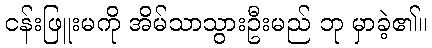
ငန်းဖြူးမကို အိမ်သာသွားဦးမည် ဘု မှာခဲ့၏။